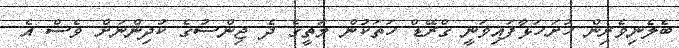
ބެލެނިވެރިން ހުށަހަޅާފައިވަނީ ގްރޭޑް ހަތަކުން މަތީގެ ދެ ޖިންސުގެ ކުދިންނަށް ވެސް އެ